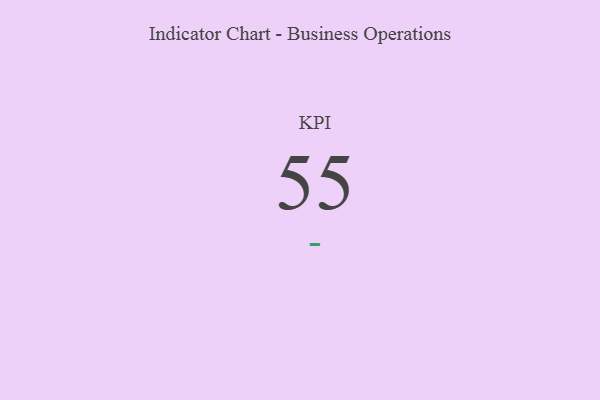
{"axis": {"x": "KPI", "y": "Value"}, "legend": [""], "data": [{"x": "KPI", "y": 55, "type": ""}]}